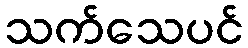
သက်သေပင်